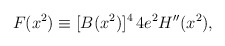
\begin{align*}F(x^2)\equiv[B(x^2)]^4 \,4e^2H''(x^2),\end{align*}